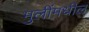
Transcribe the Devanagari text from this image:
मुलींमधील